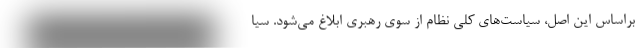
براساس این اصل، سیاست‌های کلی نظام از سوی رهبری ابلاغ می‌شود. سیا